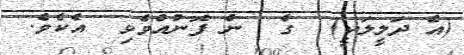
(އެ ދަލީލަކީ)  ގެ  ން ފޮނުއްވެވި  އެކެވެ.